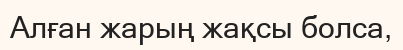
Алған жарың жақсы болса,